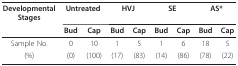
| DevelopmentalStages | <COLSPAN=2> Untreated | <COLSPAN=2> HVJ | <COLSPAN=2> SE | <COLSPAN=2> AS* |
 |  | Bud | Cap | Bud | Cap | Bud | Cap | Bud | Cap |
 | --- | --- | --- | --- | --- | --- | --- | --- | --- |
 | Sample No. | 0 | 10 | 1 | 5 | 1 | 6 | 18 | 5 |
 | (%) | (0) | (100) | (17) | (83) | (14) | (86) | (78) | (22) |